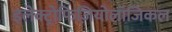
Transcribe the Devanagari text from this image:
इलेक्ट्रोफिज़ियोलॉजिकल